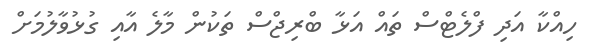
ހިއްކާ އަދި ފްލެޓްސް ތައް އަޅާ ބްރިޖްސް ތަކުން މާލެ އާއި ގުޅުވާލުމަށް